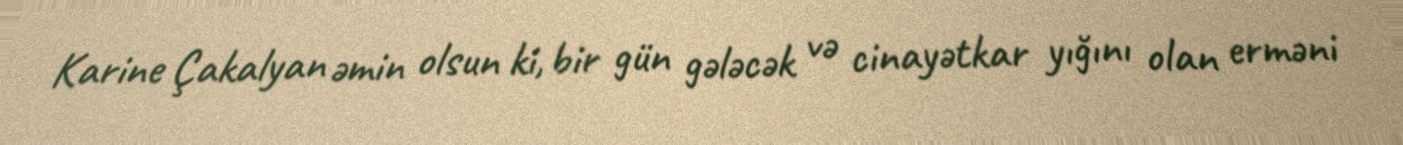
Karine Çakalyan əmin olsun ki, bir gün gələcək və cinayətkar yığını olan erməni